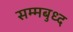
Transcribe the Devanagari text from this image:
सम्मबुध्द